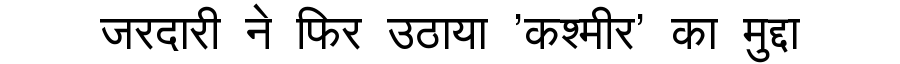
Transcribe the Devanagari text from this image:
जरदारी ने फिर उठाया 'कश्मीर' का मुद्दा